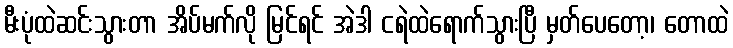
မီးပုံထဲဆင်းသွားတာ အိပ်မက်လို မြင်ရင် အဲဒါ ငရဲထဲရောက်သွားပြီ မှတ်ပေတော့၊ တောထဲ